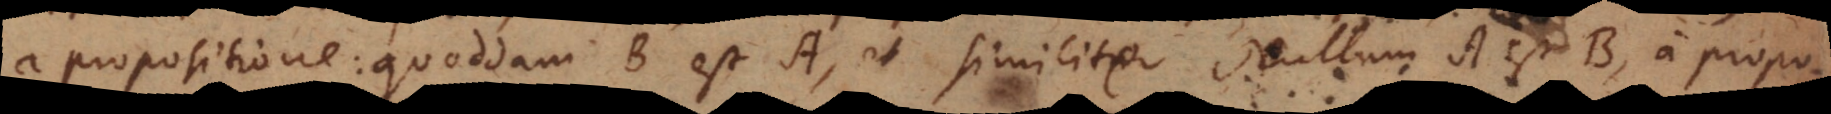
a propositione: Quoddam B est A, et similiter Nullum A est B, a propos